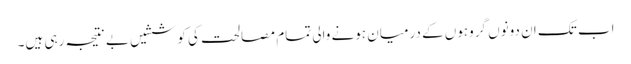
اب تک ان دونوں گروہوں کے درمیان ہونے والی تمام مصالحت کی کوششیں بے نتیجہ رہی ہیں۔